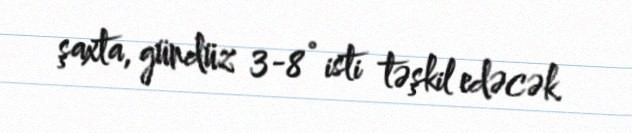
şaxta, gündüz 3-8° isti təşkil edəcək.